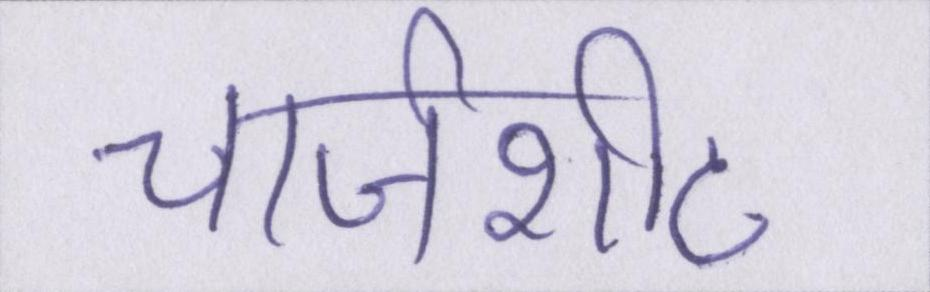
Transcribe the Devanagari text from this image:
चार्जशीट